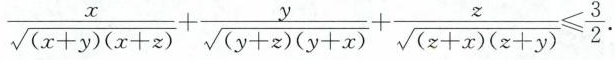
$$\frac { x } { \sqrt { ( x + y ) ( x + z ) } } + \frac { y } { \sqrt { ( y + z ) ( y + x ) } } + \frac { z } { \sqrt { ( z + x ) ( z + y ) } } ≤ \frac { 3 } { 2 }$$